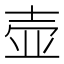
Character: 壶